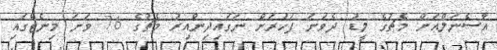
އާސެނަލްއަށް މެޗުގެ ލީޑު ދެވަނަ ފަހަރަށް ނަގައިދިންއިރު މެޗުގެ 76 ވަނަ މިނެޓްގައި